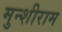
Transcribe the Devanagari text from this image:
मुन्शीराम